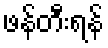
ဖန်တီးရန်